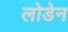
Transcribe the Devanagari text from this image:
लोडेन